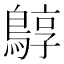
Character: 𪂎